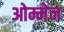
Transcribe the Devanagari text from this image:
ओम्मेन